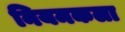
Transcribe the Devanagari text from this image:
नियमकला